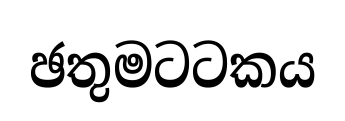
ඡතුමටටකය